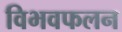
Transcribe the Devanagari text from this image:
विभवफलन